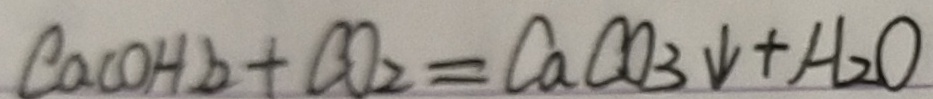
C a ( O H ) _ { 2 } + C O _ { 2 } = C a C O _ { 3 } \downarrow + H _ { 2 } O